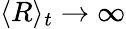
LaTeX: \langle R\rangle_{t}\to\infty